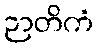
ဉာတိကံ